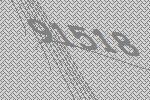
91518